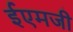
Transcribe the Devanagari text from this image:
ईएमजी